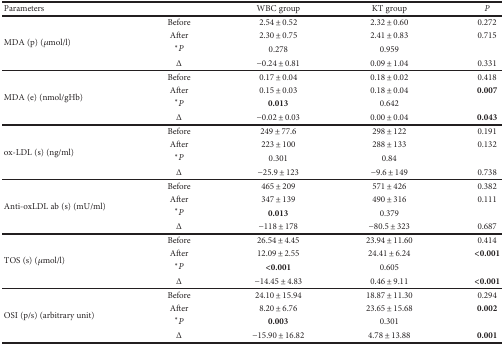
| <COLSPAN=2> Parameters | WBC group | KT group | P |
 | --- | --- | --- | --- | --- |
 | <ROWSPAN=4> MDA (p) (μmol/l) | Before | 2.54 ± 0.52 | 2.32 ± 0.60 | 0.272 |
 | After | 2.30 ± 0.75 | 2.41 ± 0.83 | 0.715 |
 | ∗P | 0.278 | 0.959 |  |
 | Δ | −0.24 ± 0.81 | 0.09 ± 1.04 | 0.331 |
 | <ROWSPAN=4> MDA (e) (nmol/gHb) | Before | 0.17 ± 0.04 | 0.18 ± 0.02 | 0.418 |
 | After | 0.15 ± 0.03 | 0.18 ± 0.04 | 0.007 |
 | ∗P | 0.013 | 0.642 |  |
 | Δ | −0.02 ± 0.03 | 0.00 ± 0.04 | 0.043 |
 | <ROWSPAN=4> ox-LDL (s) (ng/ml) | Before | 249 ± 77.6 | 298 ± 122 | 0.191 |
 | After | 223 ± 100 | 288 ± 133 | 0.132 |
 | ∗P | 0.301 | 0.84 |  |
 | Δ | −25.9 ± 123 | −9.6 ± 149 | 0.738 |
 | <ROWSPAN=4> Anti-oxLDL ab (s) (mU/ml) | Before | 465 ± 209 | 571 ± 426 | 0.382 |
 | After | 347 ± 139 | 490 ± 316 | 0.111 |
 | ∗P | 0.013 | 0.379 |  |
 | Δ | −118 ± 178 | −80.5 ± 323 | 0.687 |
 | <ROWSPAN=4> TOS (s) (μmol/l) | Before | 26.54 ± 4.45 | 23.94 ± 11.60 | 0.414 |
 | After | 12.09 ± 2.55 | 24.41 ± 6.24 | <0.001 |
 | ∗P | <0.001 | 0.605 |  |
 | Δ | −14.45 ± 4.83 | 0.46 ± 9.11 | <0.001 |
 | <ROWSPAN=4> OSI (p/s) (arbitrary unit) | Before | 24.10 ± 15.94 | 18.87 ± 11.30 | 0.294 |
 | After | 8.20 ± 6.76 | 23.65 ± 15.68 | 0.002 |
 | ∗P | 0.003 | 0.301 |  |
 | Δ | −15.90 ± 16.82 | 4.78 ± 13.88 | 0.001 |